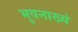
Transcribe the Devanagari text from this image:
भुवनाख्यं